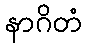
နာဂိတံ